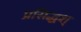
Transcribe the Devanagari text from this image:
प्रसिद्धश्